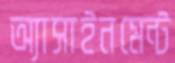
অ্যাসাইনমেন্ট